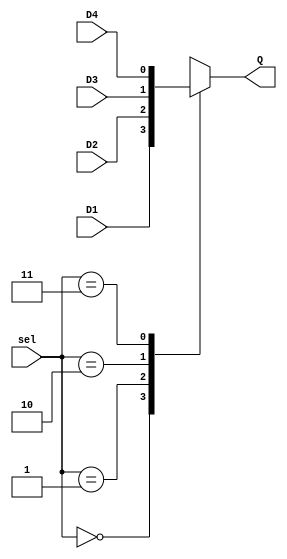
//4-1 multiplexer

module mux(
	input D1,D2,D3,D4,
	input [1:0] sel,
	output reg Q
	);
	
	always @(*)
	begin
	
		case(sel)
			2'b00  : Q <= D1;
			2'b01  : Q <= D2;
			2'b10  : Q <= D3;
			2'b11  : Q <= D4;
			default: Q <= Q;
		endcase
		
	end	
	
endmodule